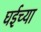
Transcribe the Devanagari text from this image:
घईच्या